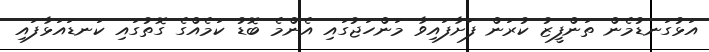
އަޅުގަނޑުމެން ތަންފީޒު ކުރަން ފަށާފައިވާ މަންހަޖުގައި އެންމެ ބޮޑު ކަމެއްގެ ގޮތުގައި ކަނޑައަޅާފައި